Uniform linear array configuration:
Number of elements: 32
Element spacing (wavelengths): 0.5
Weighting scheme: hamming
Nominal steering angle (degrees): -30
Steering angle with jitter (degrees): -31.171
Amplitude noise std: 0.05
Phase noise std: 0.05

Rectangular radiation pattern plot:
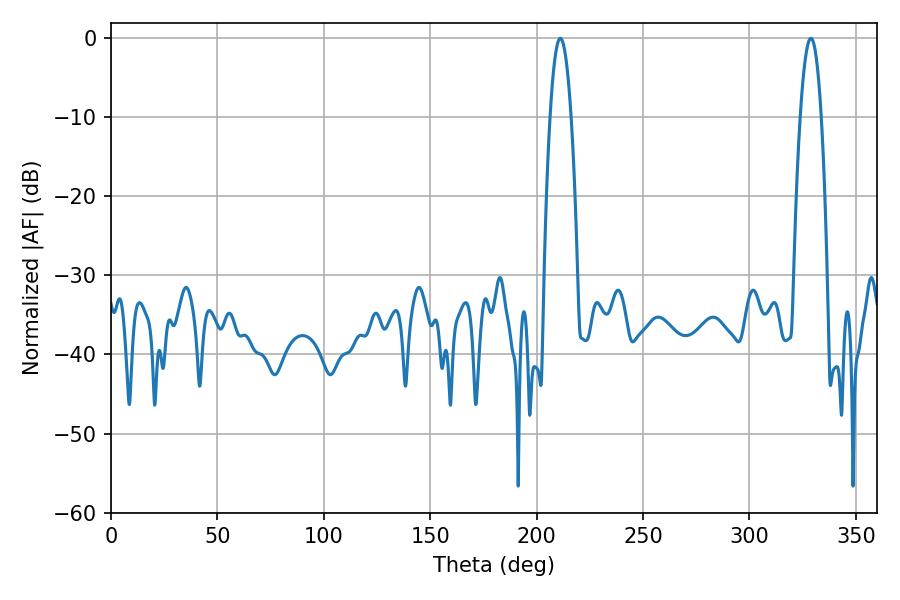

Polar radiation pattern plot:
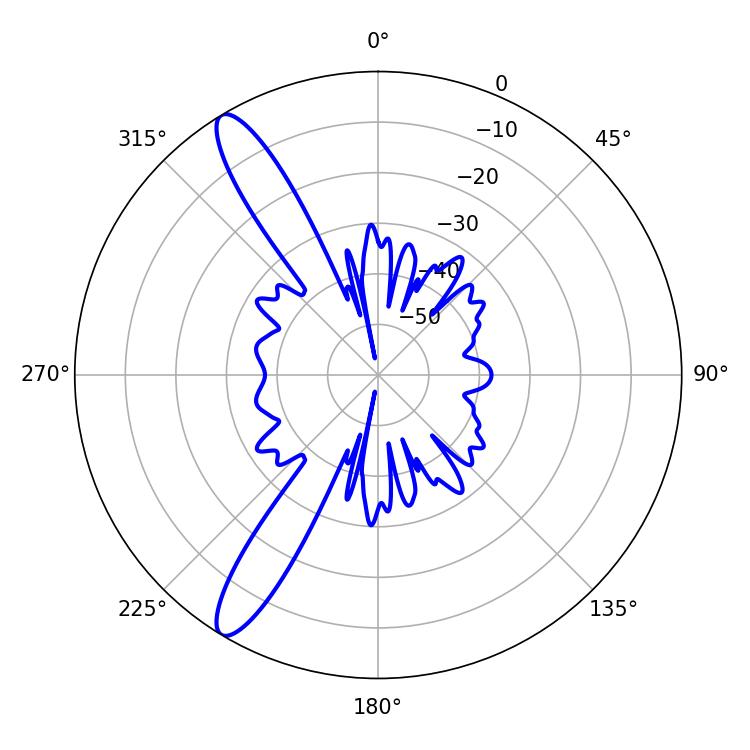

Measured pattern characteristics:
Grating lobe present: FALSE
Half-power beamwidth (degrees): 5.4
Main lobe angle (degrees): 211.14